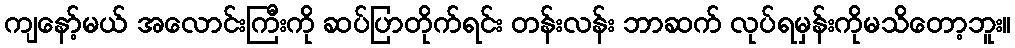
ကျနော့်မယ် အလောင်းကြီးကို ဆပ်ပြာတိုက်ရင်း တန်းလန်း ဘာဆက် လုပ်ရမှန်းကိုမသိတော့ဘူး။